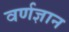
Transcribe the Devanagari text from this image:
वर्णज्ञान